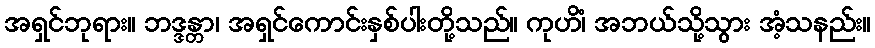
အရှင်ဘုရား။ ဘဒ္ဒန္တာ၊ အရှင်ကောင်းနှစ်ပါးတို့သည်။ ကုဟိံ၊ အဘယ်သို့သွား အံ့သနည်း။